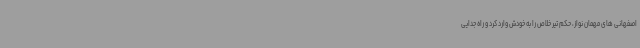
اصفهانی های مهمان نواز، حکم تیر خلاص را به خودش وارد کرد و راه جدایی